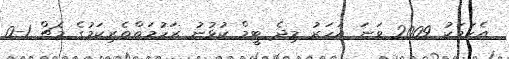
އެކަމަކު 2009 ވަނަ އަހަރު މިދެ ޓީމް ކުޅުނު ރަހުމަތްތެރިކަމުގެ މެޗް 1-0